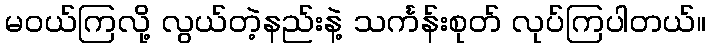
မဝယ်ကြလို့ လွယ်တဲ့နည်းနဲ့ သင်္ကန်းစုတ် လုပ်ကြပါတယ်။